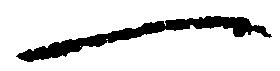
一